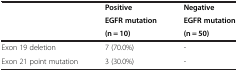
|  | Positive | Negative |
 |  | EGFR mutation | EGFR mutation |
 |  | (n = 10) | (n = 50) |
 | --- | --- | --- |
 | Exon 19 deletion | 7 (70.0%) | - |
 | Exon 21 point mutation | 3 (30.0%) | - |